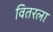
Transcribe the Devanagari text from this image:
वितरला